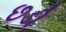
છડી